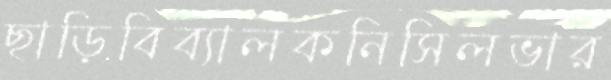
ছাড়িবিব্যালকনিসিলভার